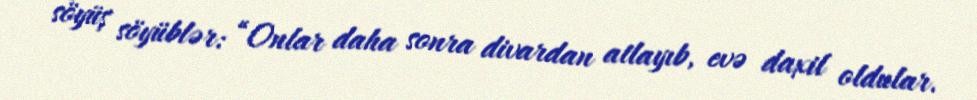
söyüş söyüblər: “Onlar daha sonra divardan atlayıb, evə daxil oldular.